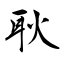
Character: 耿